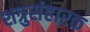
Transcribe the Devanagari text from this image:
शत्रुसंहारक